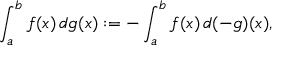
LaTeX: \int _ { a } ^ { b } f ( x ) \, d g ( x ) : = - \int _ { a } ^ { b } f ( x ) \, d ( - g ) ( x ) ,